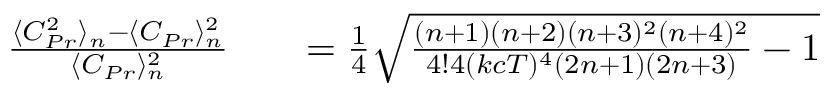
\begin{array} { r l r } { \frac { \langle C _ { P r } ^ { 2 } \rangle _ { n } - \langle C _ { P r } \rangle _ { n } ^ { 2 } } { \langle C _ { P r } \rangle _ { n } ^ { 2 } } } & { { } } & { = \frac { 1 } { 4 } \sqrt { \frac { ( n + 1 ) ( n + 2 ) ( n + 3 ) ^ { 2 } ( n + 4 ) ^ { 2 } } { 4 ! 4 ( k c T ) ^ { 4 } ( 2 n + 1 ) ( 2 n + 3 ) } - 1 } } \end{array}